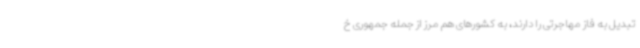
تبدیل به فاز مهاجرتی را دارند، به کشورهای هم مرز از جمله جمهوری خ